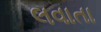
લવાતા